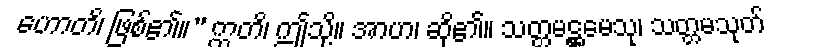
ဟောတိ၊ ဖြစ်၏။” ဣတိ၊ ဤသို့။ အာဟ၊ ဆို၏။ သတ္တမဋ္ဌမေသု၊ သတ္တမသုတ်